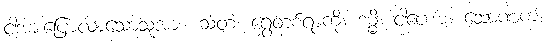
ငါ့အားပြောလာသောသူအား။ သတံ၊ ရွှေတစ်ရာကို။ ဒမ္မိ၊ ငါပေးအံ့။ သောဏကံ၊